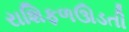
રાશિફળઊડતી